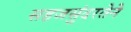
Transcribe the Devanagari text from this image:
सहजसुंदरतेने